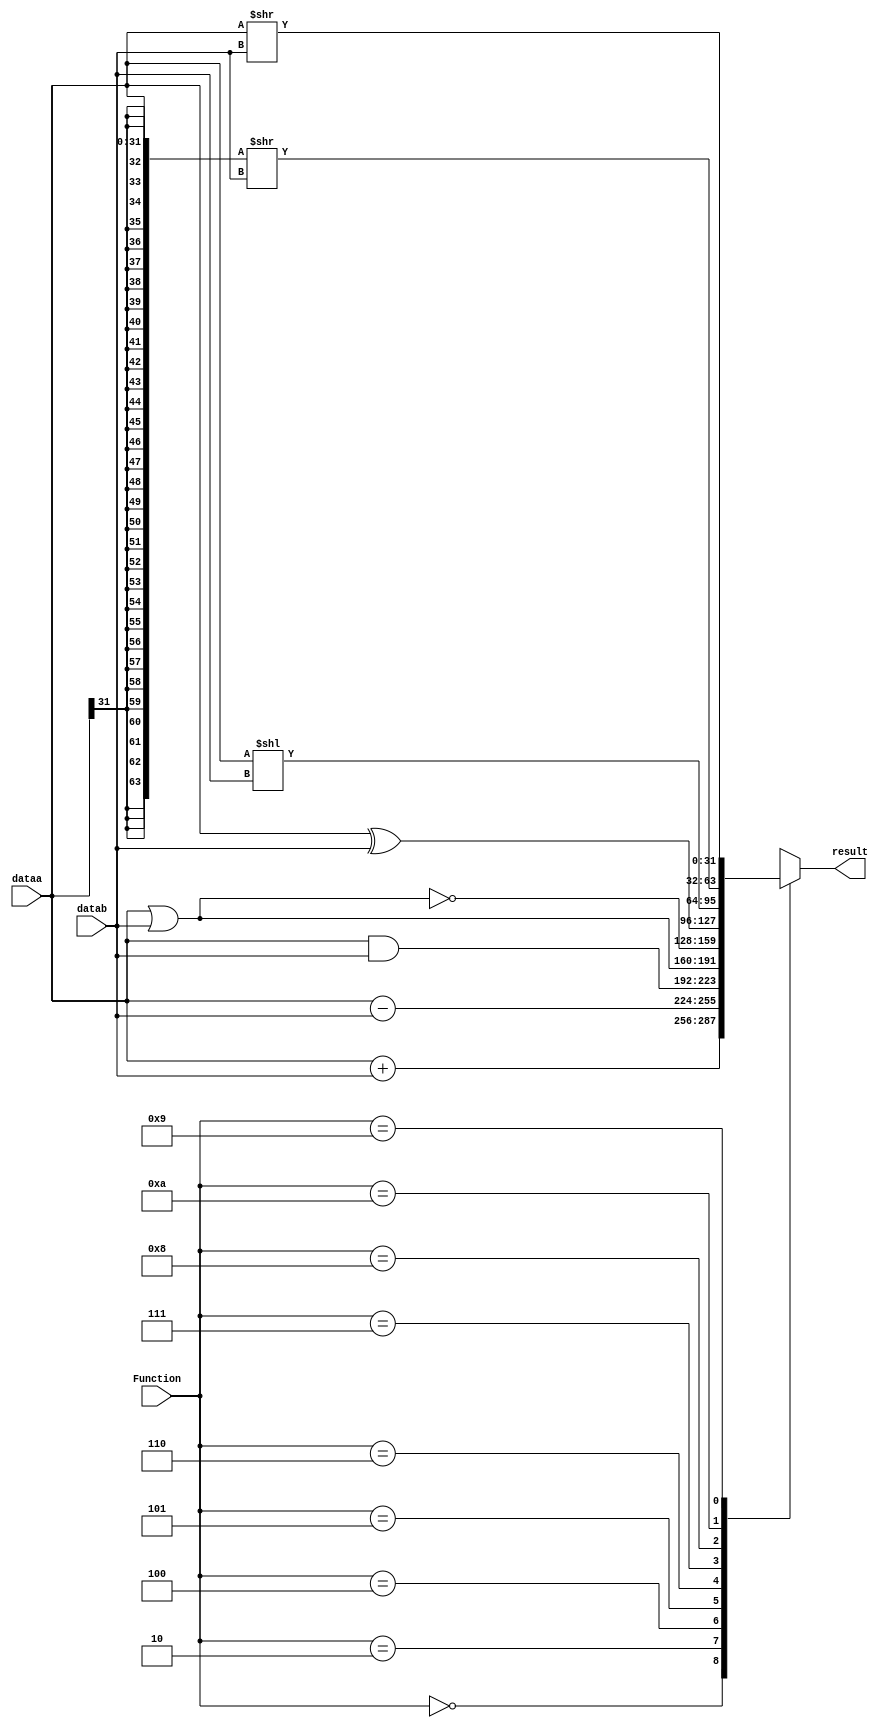
// build an ALU
module ALU
	(
		dataa,
		datab,
		Function,
		result
	);
	
	// input and output ports
	input	[31:0]	dataa;
	input	[31:0]	datab;
	input	[3:0]	Function;
	output	[31:0]	result;
	
	// registers
	reg		[31:0]	result;
	
	// define parameters
	parameter	[3:0]	ADD = 4'b0000;
	parameter	[3:0]	SUB = 4'b0010;
	parameter	[3:0]	AND = 4'b0100;
	parameter	[3:0]	OR = 4'b0101;
	parameter	[3:0]	NOR = 4'b0110;
	parameter	[3:0]	XOR = 4'b0111;
	parameter	[3:0]	SL = 4'b1000;
	parameter	[3:0]	SRA = 4'b1001;
	parameter	[3:0]	SRL = 4'b1010;
	
	// build module
	
	always @(*)
	begin
		case(Function)
			ADD:
				result = dataa + datab;
			SUB:
				result = dataa - datab;
			AND:
				result = dataa & datab;
			OR:
				result = dataa | datab;
			NOR:
				result = ~(dataa | datab);
			XOR:
				result = dataa ^ datab;
			SL:
				result = (dataa << datab);
			SRL:
				result = {{32{dataa[31]}}, dataa} >> datab;
			SRA:
				result = {32'b0, dataa} >> datab;
			default:
				result = {32{1'bx}};
		endcase
	end
endmodule